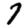
Digit: 7